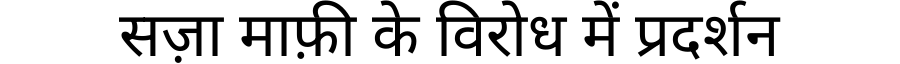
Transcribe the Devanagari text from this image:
सज़ा माफ़ी के विरोध में प्रदर्शन